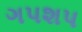
ગપશપ